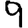
Digit: 9